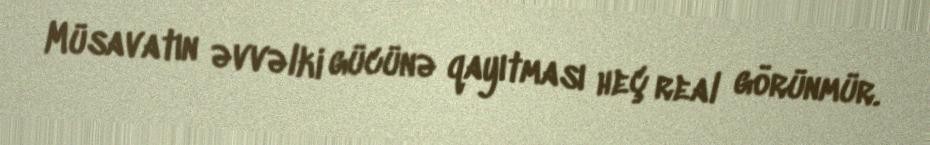
Müsavatın əvvəlki gücünə qayıtması heç real görünmür.